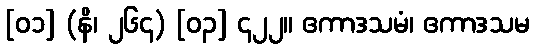
[၀၁] (နိ၊ ၂၆၄) [၀၃] ၄၂၂။ ဧကာဒသမံ၊ ဧကာဒသမ